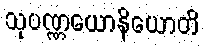
သုပဏ္ဏယောနိယောတိ